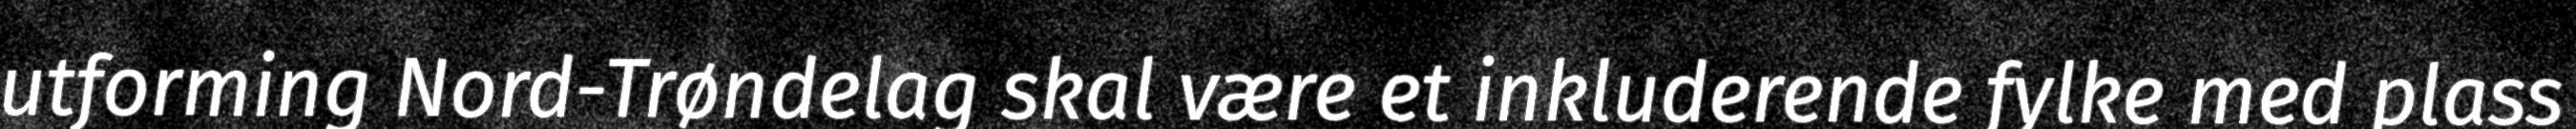
utforming Nord-Trøndelag skal være et inkluderende fylke med plass